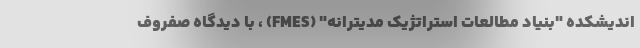
اندیشکده "بنیاد مطالعات استراتژیک مدیترانه" (FMES) ، با دیدگاه صفروف